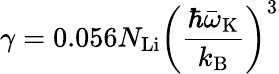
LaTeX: \gamma=0.056N_{\mathrm{Li}}\left(\frac{\hbar\bar{\omega}_{\mathrm{K}}}{k_{\mathrm{B}}}\right)^{3}